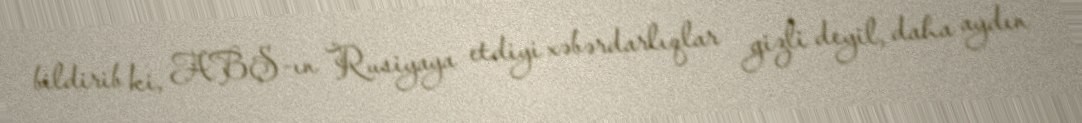
bildirib ki, ABŞ-ın Rusiyaya etdiyi xəbərdarlıqlar gizli deyil, daha aydın